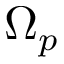
\Omega _ { p }